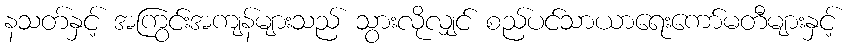
နသတ်နှင့် အကြွင်းအကျန်များသည် သွားလိုလျှင် စည်ပင်သာယာရေးကော်မတီများနှင့်